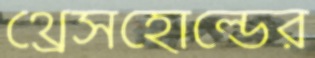
থ্রেসহোল্ডের